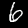
Digit: 6